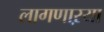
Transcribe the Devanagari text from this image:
लागणाऱया